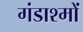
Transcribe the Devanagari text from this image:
गंडाश्मों